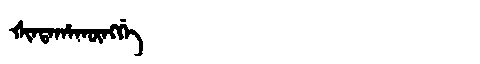
Manchu: ᡧᡳᠨᡩᠠᡥᠠᡴᡡᠩᡤᡝ
Romanization: ŠINDAHAKŪNGGE